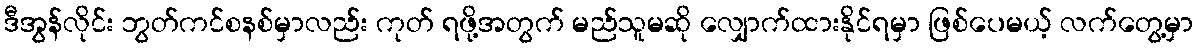
ဒီအွန်လိုင်း ဘွတ်ကင်စနစ်မှာလည်း ကုတ် ရဖို့အတွက် မည်သူမဆို လျှောက်ထားနိုင်ရမှာ ဖြစ်ပေမယ့် လက်တွေ့မှာ